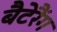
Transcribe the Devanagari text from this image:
बैटेरैंग